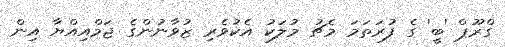
ގްރޫޕް 'ބީ' ގެ ފުރަތަމަ މެޗު މުލަކު އެކުވެރި ޒުވާނުންގެ ޖަމްއިއްޔާ އިން